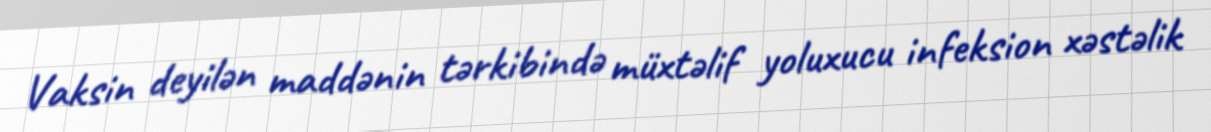
Vaksin deyilən maddənin tərkibində müxtəlif yoluxucu infeksion xəstəlik